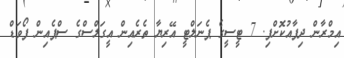
އިމްރާން ދިފާއުކޮށްފި. 7 ޓީސީގެ ޕެނަލްޓީ އޭރިޔާ ތެރެއިން އީގަލްސްގެ ސްޕެއިން ފޯވަޑް